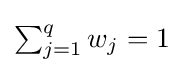
{\textstyle \sum _{j=1}^{q}w_{j}=1}